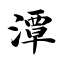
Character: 潭